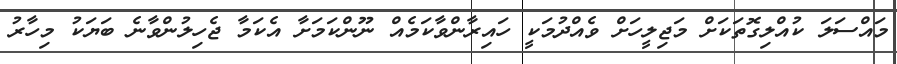
މައްސަލަ ކުއްލިގޮތަކަށް މަޖިލީހަށް ވެއްދުމަކީ ހައިރާންވާކަމެއް ނޫންކަމަށާ އެކަމާ ޖެހިލުންވާނެ ބަޔަކު މިހާރު